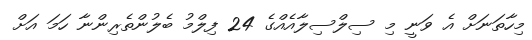
މިހާތަނަށް އެ ވަނީ މި ސިލްސިލާއެއްގެ 24 ފިލްމު ބެލުންތެރިންނާ ހަމަ އަށް